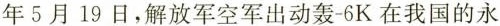
年5月19日，解放军空军出动轰-6K在我国的永